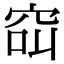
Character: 䆗